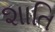
શાતિ